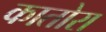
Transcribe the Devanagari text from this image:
कातोरा